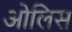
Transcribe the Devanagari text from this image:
ओलिस